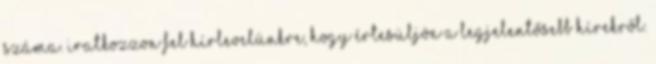
száma. Iratkozzon fel hírlevelünkre, hogy értesüljön a legjelentősebb hírekről.